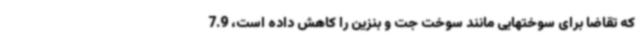
که تقاضا برای سوختهایی مانند سوخت جت و بنزین را کاهش داده است، 7.9